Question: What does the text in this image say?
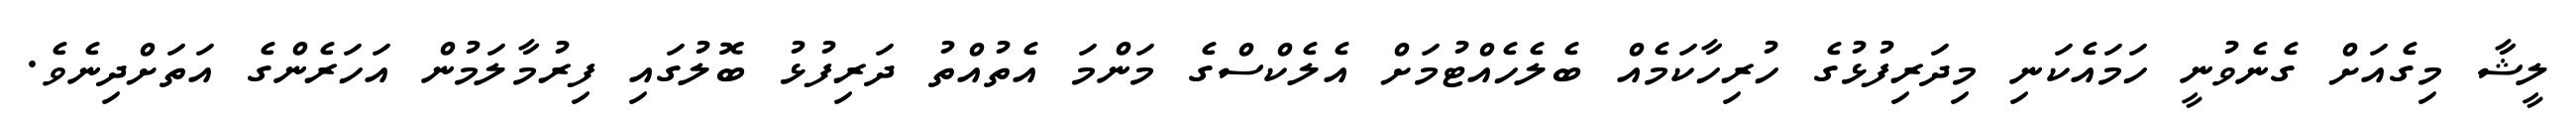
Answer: ލީޝާ މިގެއަށް ގެނެވުނީ ހަމައެކަނި މިދަރިފުޅުގެ ހުރިހާކަމެއް ބެލެހެއްޓުމަށް އެލެކްސްގެ މަންމަ އެތުއްތު ދަރިފުޅު ބޮލުގައި ފިރުމާލަމުން އަހަރެންގެ އަތަށްދިނެވެ.